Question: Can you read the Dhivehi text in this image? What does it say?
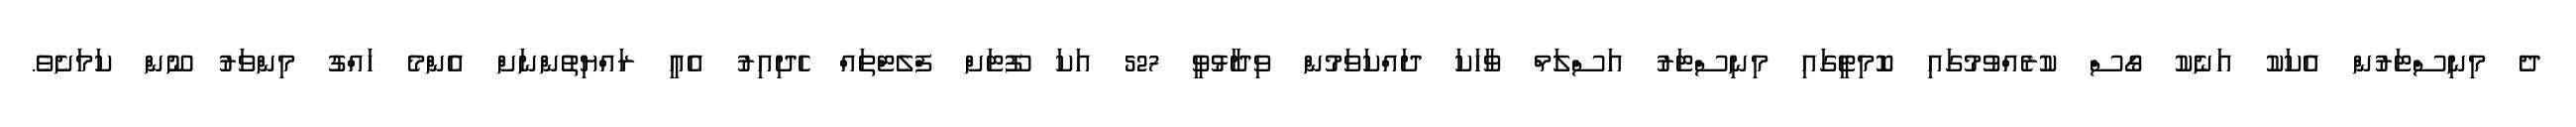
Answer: ދެ މިނިސްޓަރުން އެކަކު އަނެކު ގޯސް ކުރެއްވުމުގައި ކޮމިޓީގައި މިނިސްޓަރު އަސްލަމް ވާހަކަ ދައްކަވަމުން ވިދާޅުވީ 527 އަކަ ފޫޓަށް ފްލެޓްތައް ހެދިއިރު އެއީ ރައްޔިތުންނަށް އެންމެ ހައްގު މިންވަރު ނޫން ކަމަށެވެ.